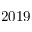
2 0 1 9